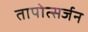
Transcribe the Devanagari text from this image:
तापोत्सर्जन